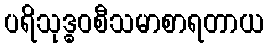
ပရိသုဒ္ဓဝစီသမာစာရတာယ